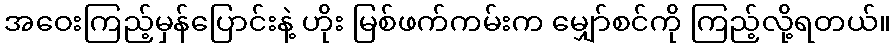
အဝေးကြည့်မှန်ပြောင်းနဲ့ ဟိုး မြစ်ဖက်ကမ်းက မျှော်စင်ကို ကြည့်လို့ရတယ်။